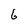
Character: 6